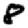
Digit: 8